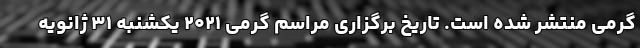
گرمی منتشر شده است. تاریخ برگزاری مراسم گرمی ۲۰۲۱ یکشنبه ۳۱ ژانویه